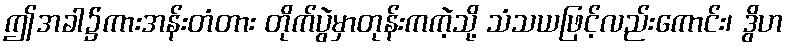
ဤအခါ၌ကားအန်းတံတား တိုက်ပွဲမှာတုန်းကကဲ့သို့ သံသယဖြင့်လည်းကောင်း၊ ဒွိဟ